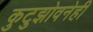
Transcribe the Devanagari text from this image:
कुटुझोवनेही